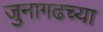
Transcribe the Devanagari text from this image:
जुनागढच्या